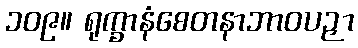
၁၀၉။ ရုက္ခာနံစေတနာဘာဝပဉှာ